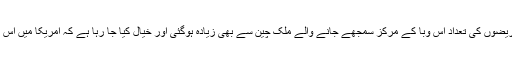
خیال رہے کہ امریکا میں کورونا وائرس کے مریضوں کی تعداد اس وبا کے مرکز سمجھے جانے والے ملک چین سے بھی زیادہ ہوگئی اور خیال کیا جا رہا ہے کہ امریکا میں اس مرض سے ہلاکتیں بھی چین سے بڑھ جائیں گی۔